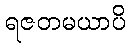
ရဇတမယာပိ